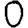
Digit: 0